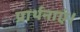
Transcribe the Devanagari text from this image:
प्रार्थनाएं।